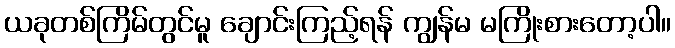
ယခုတစ်ကြိမ်တွင်မူ ချောင်းကြည့်ရန် ကျွန်မ မကြိုးစားတော့ပါ။